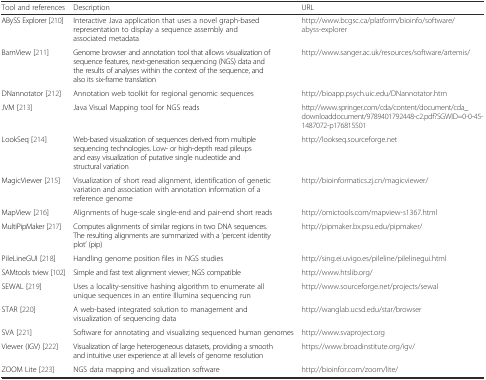
<table><thead><tr><td><b>Tool and references</b></td><td><b>Description</b></td><td><b>URL</b></td></tr></thead><tbody><tr><td>ABySS Explorer [210]</td><td>Interactive Java application that uses a novel graph-based representation to display a sequence assembly and associated metadata</td><td>http://www.bcgsc.ca/platform/bioinfo/software/abyss-explorer</td></tr><tr><td>BamView [211]</td><td>Genome browser and annotation tool that allows visualization of sequence features, next-generation sequencing (NGS) data and the results of analyses within the context of the sequence, and also its six-frame translation</td><td>http://www.sanger.ac.uk/resources/software/artemis/</td></tr><tr><td>DNannotator [212]</td><td>Annotation web toolkit for regional genomic sequences</td><td>http://bioapp.psych.uic.edu/DNannotator.htm</td></tr><tr><td>JVM [213]</td><td>Java Visual Mapping tool for NGS reads</td><td>http://www.springer.com/cda/content/document/cda_downloaddocument/9789401792448-c2.pdf?SGWID=0-0-45-1487072-p176815501</td></tr><tr><td>LookSeq [214]</td><td>Web-based visualization of sequences derived from multiple sequencing technologies. Low- or high-depth read pileups and easy visualization of putative single nucleotide and structural variation</td><td>http://lookseq.sourceforge.net</td></tr><tr><td>MagicViewer [215]</td><td>Visualization of short read alignment, identification of genetic variation and association with annotation information of a reference genome</td><td>http://bioinformatics.zj.cn/magicviewer/</td></tr><tr><td>MapView [216]</td><td>Alignments of huge-scale single-end and pair-end short reads</td><td>http://omictools.com/mapview-s1367.html</td></tr><tr><td>MultiPipMaker [217]</td><td>Computes alignments of similar regions in two DNA sequences. The resulting alignments are summarized with a ‘percent identity plot’ (pip)</td><td>http://pipmaker.bx.psu.edu/pipmaker/</td></tr><tr><td>PileLineGUI [218]</td><td>Handling genome position files in NGS studies</td><td>http://sing.ei.uvigo.es/pileline/pilelinegui.html</td></tr><tr><td>SAMtools tview [102]</td><td>Simple and fast text alignment viewer; NGS compatible</td><td>http://www.htslib.org/</td></tr><tr><td>SEWAL [219]</td><td>Uses a locality-sensitive hashing algorithm to enumerate all unique sequences in an entire Illumina sequencing run</td><td>http://www.sourceforge.net/projects/sewal</td></tr><tr><td>STAR [220]</td><td>A web-based integrated solution to management and visualization of sequencing data</td><td>http://wanglab.ucsd.edu/star/browser</td></tr><tr><td>SVA [221]</td><td>Software for annotating and visualizing sequenced human genomes</td><td>http://www.svaproject.org</td></tr><tr><td>Viewer (IGV) [222]</td><td>Visualization of large heterogeneous datasets, providing a smooth and intuitive user experience at all levels of genome resolution</td><td>https://www.broadinstitute.org/igv/</td></tr><tr><td>ZOOM Lite [223]</td><td>NGS data mapping and visualization software</td><td>http://bioinfor.com/zoom/lite/</td></tr></tbody></table>